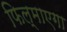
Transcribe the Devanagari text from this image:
फिल्माएगा